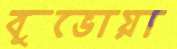
বুভোয়া